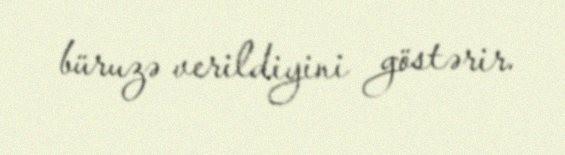
büruzə verildiyini göstərir.